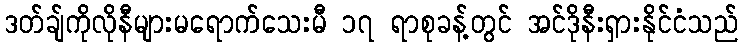
ဒတ်ချ်ကိုလိုနီများမရောက်သေးမီ ၁၇ ရာစုခန့်တွင် အင်ဒိုနီးရှားနိုင်ငံသည်